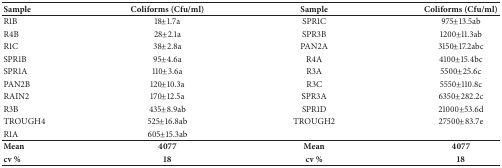
<table><thead><tr><td><b>Sample </b></td><td><b>Coliforms (Cfu/ml)</b></td><td><b>Sample</b></td><td><b>Coliforms (Cfu/ml)</b></td></tr></thead><tbody><tr><td>R1B</td><td>18±1.7a</td><td>SPR1C</td><td>975±13.5ab</td></tr><tr><td>R4B</td><td>28±2.1a</td><td>SPR3B</td><td>1200±11.3ab</td></tr><tr><td>R1C</td><td>38±2.8a</td><td>PAN2A</td><td>3150±17.2abc</td></tr><tr><td>SPR1B</td><td>95±4.6a</td><td>R4A</td><td>4100±15.4bc</td></tr><tr><td>SPR1A</td><td>110±3.6a</td><td>R3A</td><td>5500±25.6c</td></tr><tr><td>PAN2B</td><td>120±10.3a</td><td>R3C</td><td>5550±110.8c</td></tr><tr><td>RAIN2</td><td>170±12.5a</td><td>SPR3A</td><td>6350±282.2c</td></tr><tr><td>R3B</td><td>435±8.9ab</td><td>SPR1D</td><td>21000±53.6d</td></tr><tr><td>TROUGH4</td><td>525±16.8ab</td><td>TROUGH2</td><td>27500±83.7e</td></tr><tr><td>R1A</td><td>605±15.3ab</td><td> </td><td> </td></tr><tr><td><b>Mean </b></td><td><b>4077</b></td><td><b>Mean</b></td><td><b>4077</b></td></tr><tr><td><b>cv </b>%</td><td><b>18</b></td><td><b>cv </b>%</td><td><b>18</b></td></tr></tbody></table>